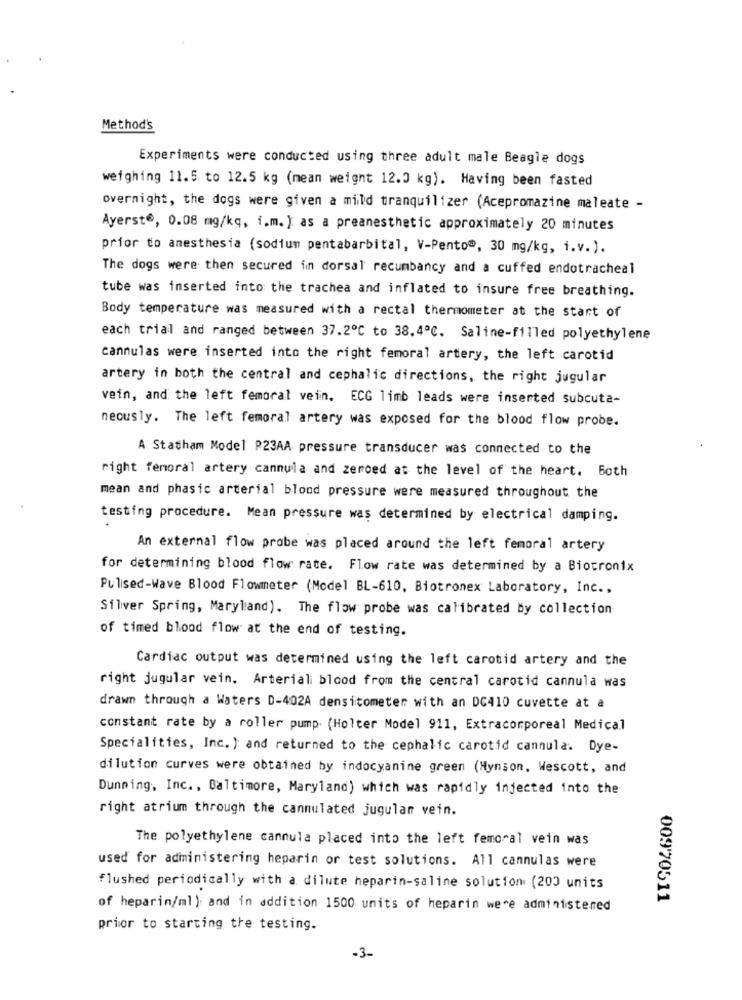
Method's
Experiments were conducted using three adult male Beagle dogs
weighing 11.5 to 12.5 kg (mean weight 12.0 kg). Having been fasted
overnight, the dogs were given a mild tranquilizer (Acepromazine maleate -
Ayerst®, 0.08 mg/kg, i.m. ) as a preanesthetic approximately 20 minutes
prior to anesthesia (sodium pentabarbital, V-Pento", 30 mg/kg, i.v.).
The dogs were then secured in dorsal recumbancy and a cuffed endotracheal
tube was inserted into the trachea and inflated to insure free breathing.
Body temperature was measured with a rectal thermometer at the start of
each trial and ranged between 37.2℃ to 38.4℃. Saline-filled polyethylene
cannulas were inserted into the right femoral artery, the left carotid
artery in both the central and cephalic directions, the right jugular
vein, and the left femoral vein. ECG limb leads were inserted subcuta-
neously. The left femoral artery was exposed for the blood flow probe.
A Statham Model P23AA pressure transducer was connected to the
right femoral artery cannula and zeroed at the level of the heart. Both
mean and phasic arterial blood pressure were measured throughout the
testing procedure. Mean pressure was determined by electrical damping.
An external flow probe was placed around the left femoral artery
for determining blood flow rate. Flow rate was determined by a Biotronix
Pulsed-Wave Blood Flowmeter (Model BL-610, Biotronex Laboratory, Inc .,
Silver Spring, Maryland). The flow probe was calibrated by collection
of timed blood flow at the end of testing.
Cardiac output was determined using the left carotid artery and the
right jugular vein. Arterial blood from the central carotid cannula was
drawn through a Waters D-402A densitometer with an DC410 cuvette at a
constant rate by a roller pump. (Holter Model 911, Extracorporeal Medical
Specialities, Inc. ) and returned to the cephalic carotid cannula. Dye-
dilution curves were obtained by indocyanine green (Hynson, Wescott, and
Dunning, Inc ., Baltimore, Maryland) which was rapidly injected into the
right atrium through the cannulated jugular vein.
The polyethylene cannula placed into the left femoral vein was
used for administering heparin or test solutions. All cannulas were
flushed periodically with a dilute heparin-saline solution (200 units
00970511
of heparin/ml ) and in addition 1500 units of heparin were administered
prior to starting the testing.
-3-